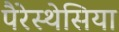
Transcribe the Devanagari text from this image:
पैरेस्थेसिया